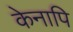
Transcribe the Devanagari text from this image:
केनापि